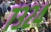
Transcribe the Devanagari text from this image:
७३२४